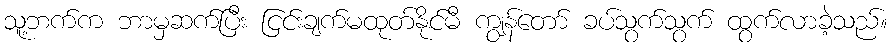
သူ့ဘက်က ဘာမှဆက်ပြီး ငြင်းချက်မထုတ်နိုင်မီ ကျွန်တော် ခပ်သွက်သွက် ထွက်လာခဲ့သည်။